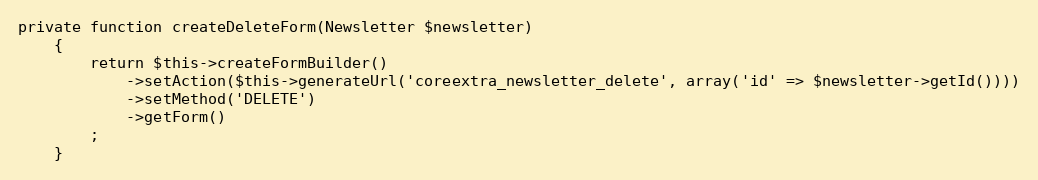
Language: PHP
private function createDeleteForm(Newsletter $newsletter)
    {
        return $this->createFormBuilder()
            ->setAction($this->generateUrl('coreextra_newsletter_delete', array('id' => $newsletter->getId())))
            ->setMethod('DELETE')
            ->getForm()
        ;
    }